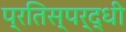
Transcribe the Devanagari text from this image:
प्रतिस्‍पर्द्धी